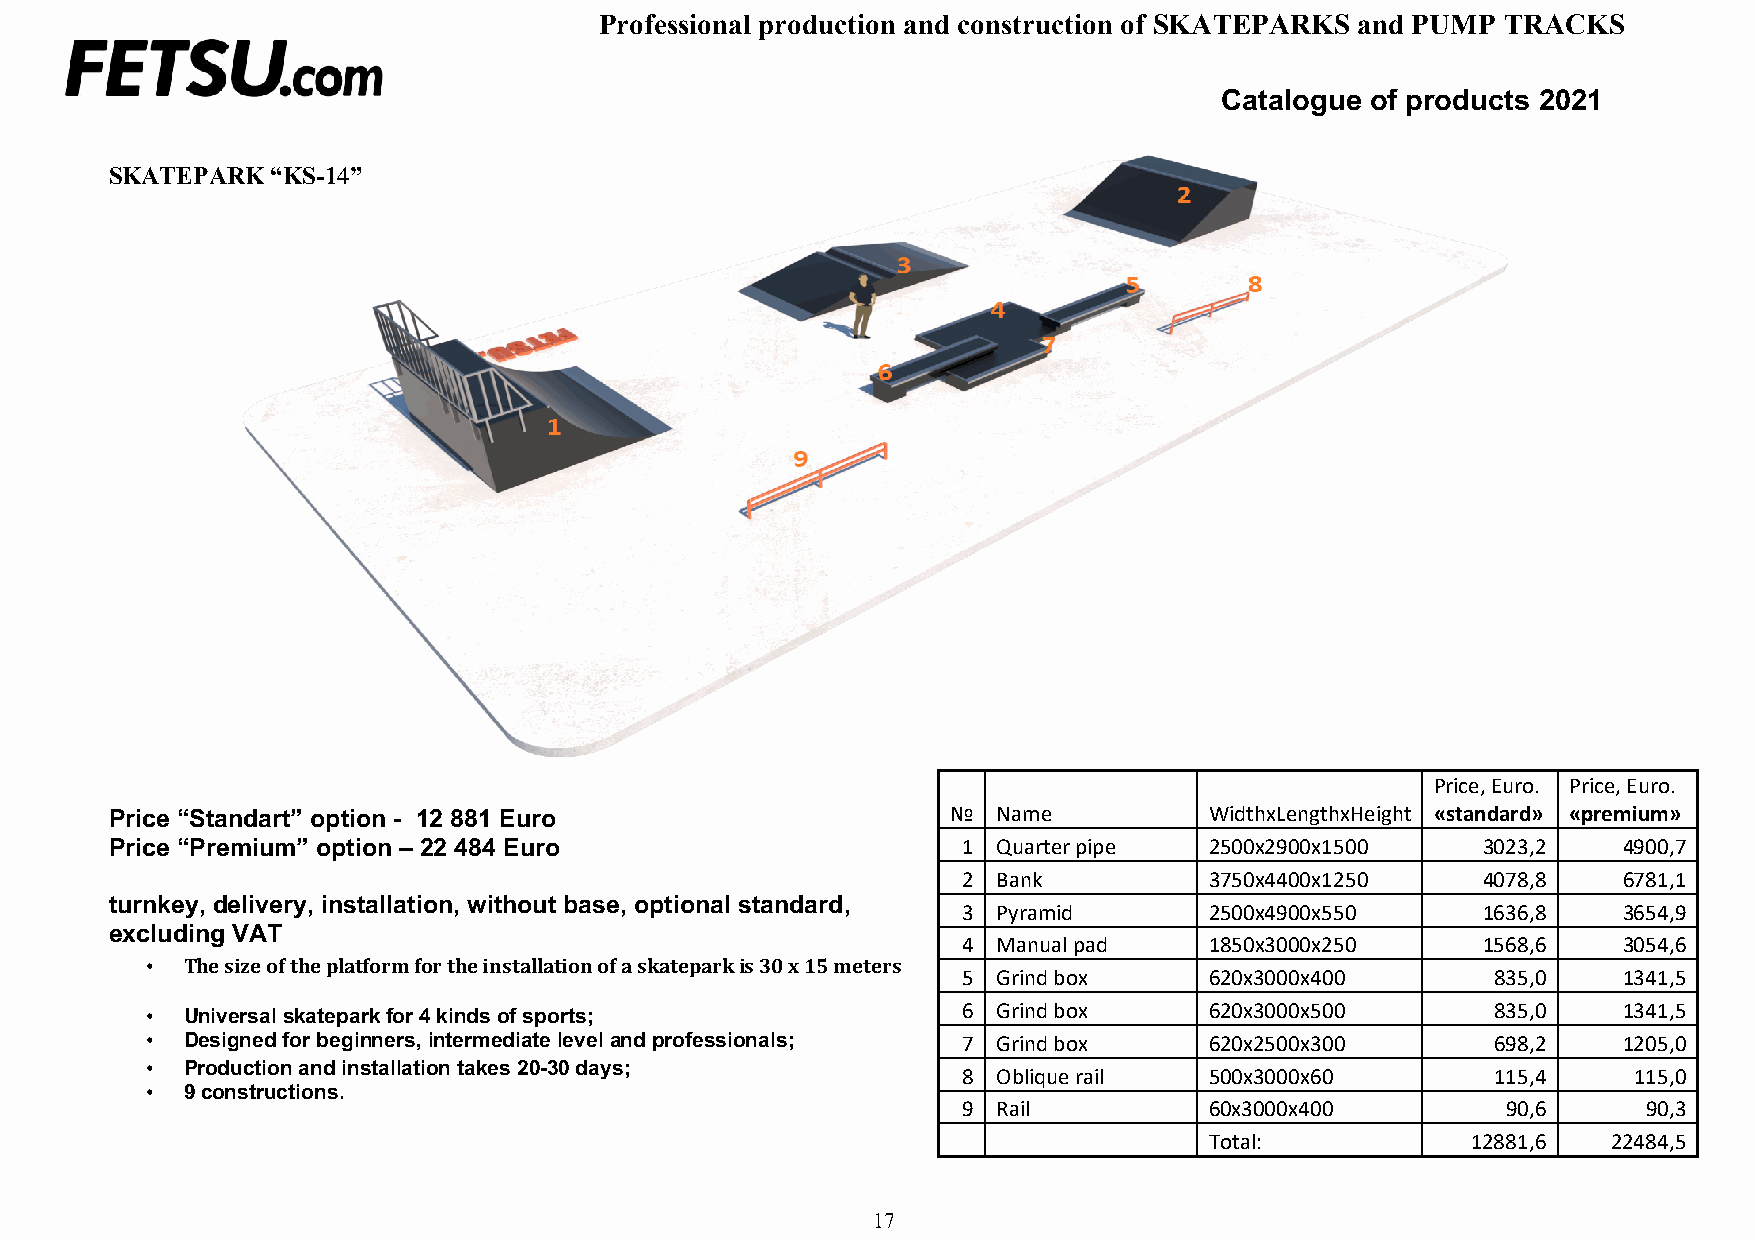
Professional production and construction of SKATEPARKS and PUMP TRACKS
 Catalogue of products 2021
 SKATEPARK  “KS-14”
 Price, Euro. Price, Euro.
 Price “Standart” option - 12 881 Euro                   №  Name          WidthxLengthxHeight «standard» «premium»
 Price “Premium” option – 22 484 Euro                     1 Quarter pipe  2500х2900х1500    3023,2   4900,7
 2 Bank          3750х4400х1250    4078,8   6781,1
 turnkey, delivery, installation, without base, optional standard,
 3 Pyramid       2500х4900х550     1636,8   3654,9
 excluding VAT
 4 Manual pad    1850х3000х250     1568,6   3054,6
 • The size of the platform for the installation of a skatepark is 30 x 15 meters
 5 Grind box     620х3000х400       835,0   1341,5
 • Universal skatepark for 4 kinds of sports;          6 Grind box     620х3000х500       835,0   1341,5
 • Designed for beginners, intermediate level and professionals; 7 Grind box 620х2500х300 698,2   1205,0
 • Production and installation takes 20-30 days;
 8 Oblique rail  500х3000х60        115,4    115,0
 • 9 constructions.
 9 Rail          60х3000х400         90,6     90,3
 Total:           12881,6   22484,5
 17